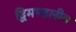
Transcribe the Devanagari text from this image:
द्विमण्डलीय